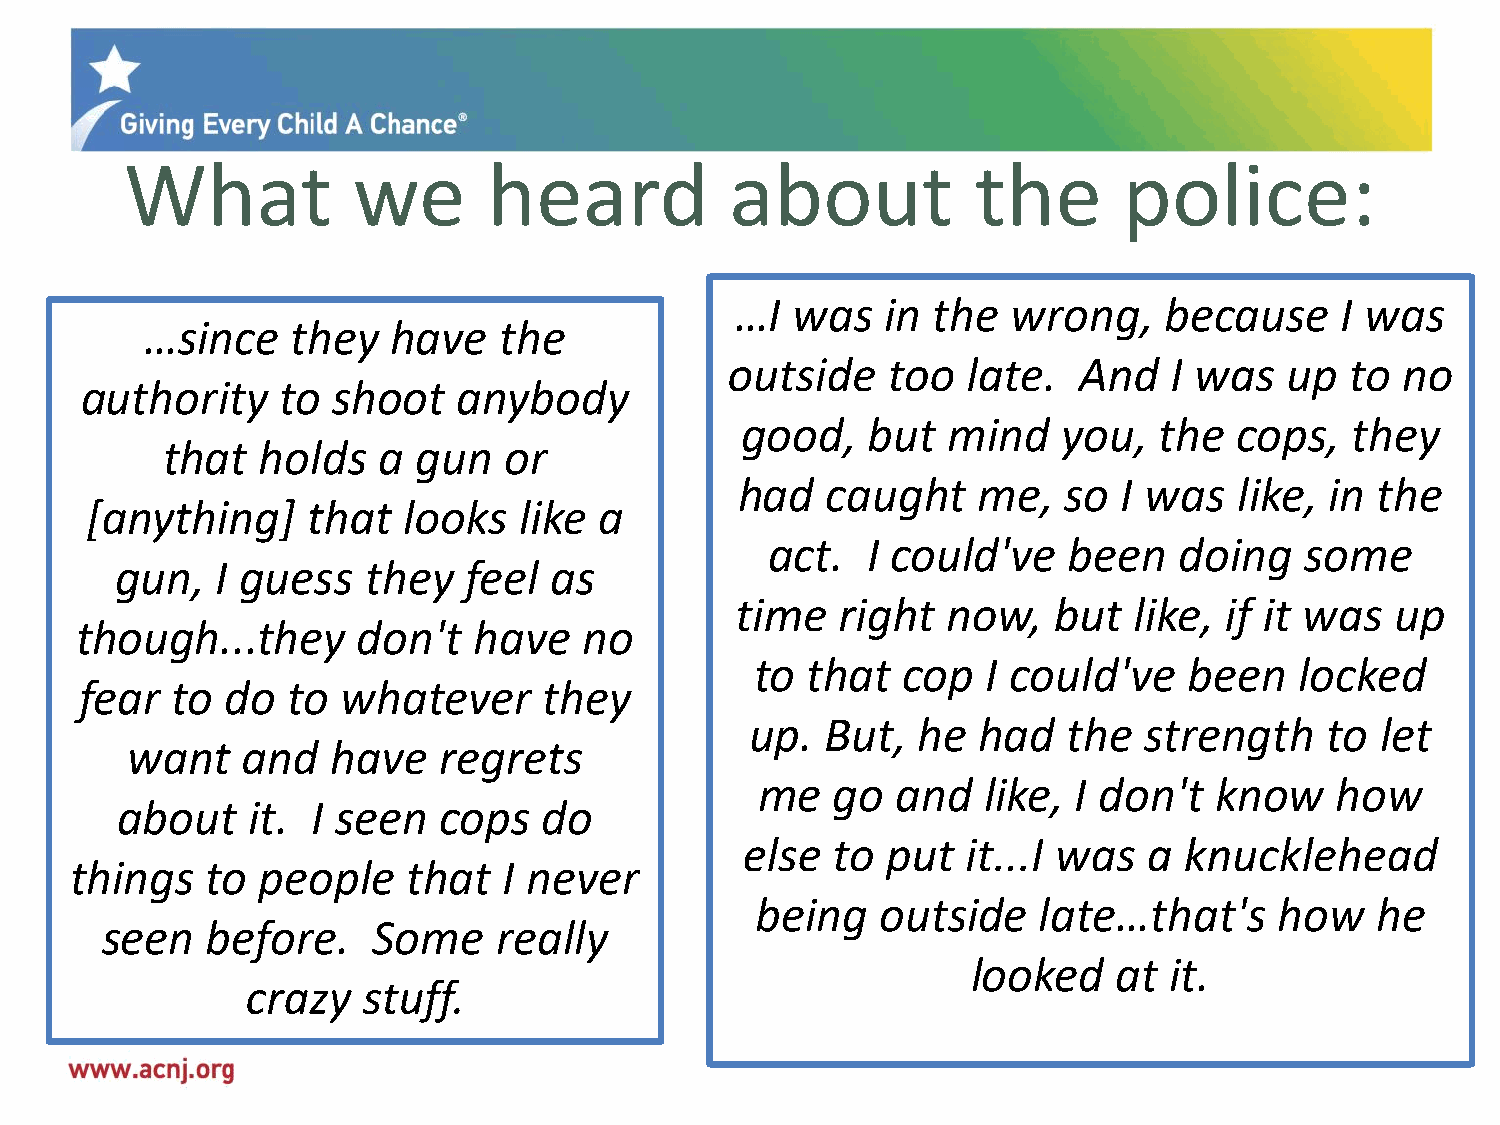
What           we       heard           about            the      police:
 …I was    in the  wrong,    because     I was
 …since   they   have   the
 outside    too  late.  And   I was   up  to  no
 authority     to shoot   anybody
 good,   but   mind   you,   the  cops,  they
 that  holds   a  gun  or
 had   caught    me,  so  I was   like, in the
 [anything]    that   looks  like  a
 act.  I could've    been   doing   some
 gun,  I guess   they   feel as
 time  right   now,   but  like, if it was  up
 though...they      don't  have    no
 to that   cop  I could've    been   locked
 fear  to  do  to  whatever     they
 up.  But,  he  had   the  strength    to let
 want    and   have   regrets
 me   go  and   like, I don't  know    how
 about   it.  I seen  cops   do
 else  to  put  it...I was  a knucklehead
 things   to people    that  I never
 being   outside    late…that's     how   he
 seen   before.    Some    really
 looked    at it.
 crazy   stuff.